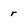
Character: r